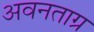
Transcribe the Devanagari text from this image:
अवनताग्र